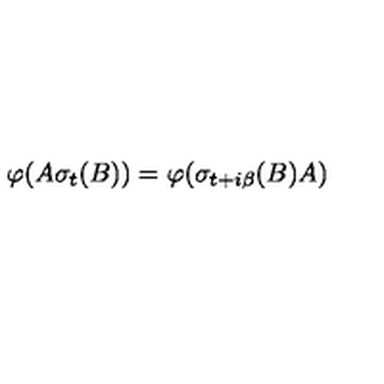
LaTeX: \varphi ( A \sigma _ { t } ( B ) ) = \varphi ( \sigma _ { t + i \beta } ( B ) A )